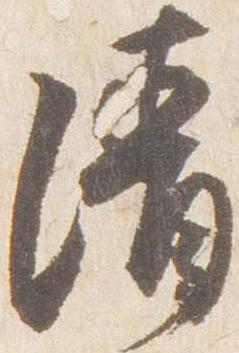
清